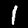
Digit: 1